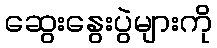
ဆွေးနွေးပွဲများကို